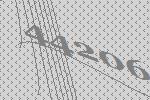
44206